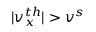
| v _ { x } ^ { t h } | > v ^ { s }